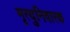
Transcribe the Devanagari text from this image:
मृत्युनिवारक